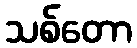
သစ်တော